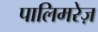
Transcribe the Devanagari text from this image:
पालिमरेज़